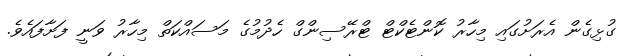
ގުޅިގެން އެރަށުގައި މިހާރު ކޮންޓެކްޓް ޓްރޭސިންގް ހެދުމުގެ މަސައްކަތް މިހާރު ވަނީ ފަށާފައެވެ.